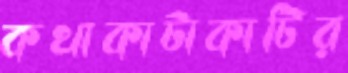
কথাকাটাকাটির